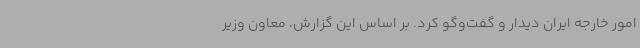
امور خارجه ایران دیدار و گفت‌وگو کرد. بر اساس این گزارش، معاون وزیر